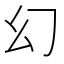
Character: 幻